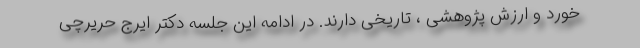
خورد و ارزش پژوهشی ، تاریخی دارند. در ادامه این جلسه دکتر ایرج حریرچی